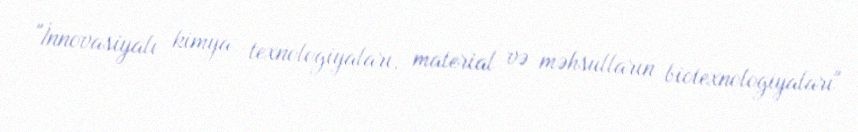
"İnnovasiyalı kimya texnologiyaları, material və məhsulların biotexnologiyaları"